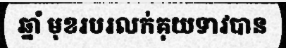
ឆ្នាំ មុខរបរលក់គុយទាវបាន